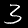
Digit: 3